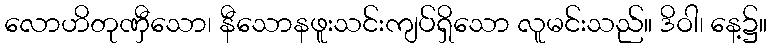
လောဟိတုဏှီသော၊ နီသောနဖူးသင်းကျပ်ရှိသော လူမင်းသည်။ ဒိဝါ၊ နေ့၌။